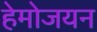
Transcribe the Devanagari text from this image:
हेमोजयन